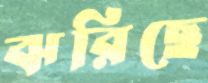
ঝরিছে